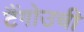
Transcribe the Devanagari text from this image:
टैंगोउची